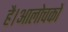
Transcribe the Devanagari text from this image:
है।आलोचकों